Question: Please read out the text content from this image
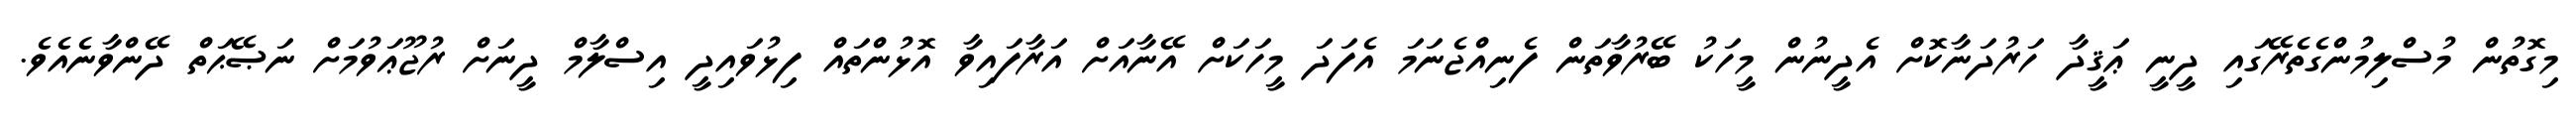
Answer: މިގޮތުން މުސްލިމުންގެތެރޭގައި ދީނީ ޢަޤީދާ ހަރުދަނާކޮށް އެދީނުން މީހަކު ބޭރުވާތަން ފެނިއްޖެނަމަ އެފަދަ މީހަކަށް އޭނާއަށް އަރާފައިވާ އޮޅުންތައް ފިޅުވައިދީ އިސްލާމް ދީނަށް ރުޖޫޢަވުމަށް ނަޞޭޙަތް ދޭންވާނެއެވެ.